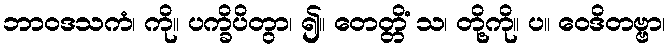
ဘာဝဒသကံ၊ ကို။ ပက္ခိပိတွာ၊ ၍။ တေတ္တိံ သ၊ တို့ကို။ ပ။ ဝေဒိတဗ္ဗာ၊